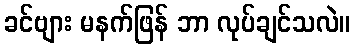
ခင်ဗျား မနက်ဖြန် ဘာ လုပ်ချင်သလဲ။